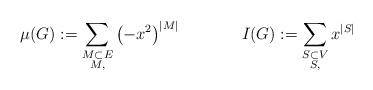
LaTeX: \begin{align*}\mu(G) := \sum_{\substack{M \subset E \\ M,}} \left(-x^2\right)^{|M|} ~~~~~~~~~~~ I(G) := \sum_{\substack{S \subset V \\ S,}} x^{|S|}\end{align*}